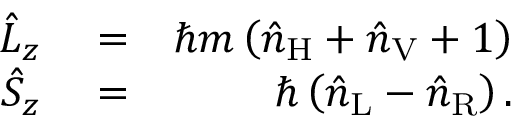
\begin{array} { r l r } { \hat { L } _ { z } } & { { } = } & { \hbar m \left( \hat { n } _ { \mathrm { H } } + \hat { n } _ { \mathrm { V } } + 1 \right) } \\ { \hat { S } _ { z } } & { { } = } & { \hbar \left( \hat { n } _ { \mathrm { L } } - \hat { n } _ { \mathrm { R } } \right) . } \end{array}